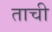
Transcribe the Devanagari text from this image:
ताची